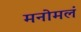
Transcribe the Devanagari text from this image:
मनोमलं